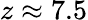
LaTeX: z\approx 7.5